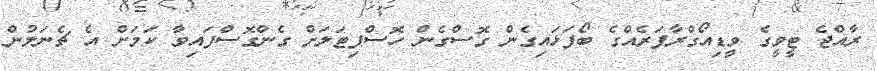
ރާއްޖެ ޓީވީގެ ވީޑިއޯގްރާފަރެއްގެ ބޯފަޅައިގެން ގޮސްގެން ހޮސްޕިޓަލަށް ގެންގޮސްފައިވާ ކަމަށް އެ ޗެނަލުން